Rangoon Lunatic Asylum 1893-1897 - 1893-1897
Year: 1893
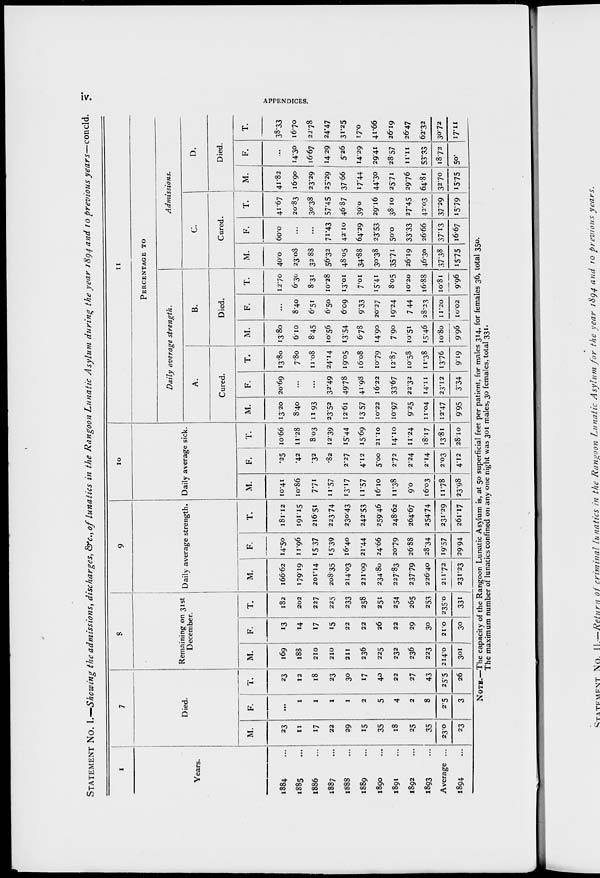
iv.
APPENDICES.
STATEMENT No. I.—Showing the admissions, discharges, &c, of lunatics in the Rangoon Lunatic Asylum during the year 1894 and 10 previous years—concld.
1
Years.
1884 ...
1885 ...
1886 ...
1887 ...
1888 ...
1889 ...
1890 ...
1891 ...
1892 ...
1893 ...
Average ...
1894 ...
7
Died.
M.
23
11
17
22
29
15
35
18
25
35
23.0
23
F.
...
1
1
1
1
2
5
4
2
8
2.5
3
T.
23
12
18
23
30
17
40
22
27
43
25.5
26
8
Remaining on 31st
December.
M.
169
188
210
210
211
236
225
232
236
223
214.0
301
F.
13
14
17
15
22
22
26
22
29
30
21.0
30
T.
182
202
227
225
233
258
251
254
265
253
235.0
331
9
Daily average strength.
M.
166.62
179.19
201.14
208.35
214.03
221.09
234.80
227.83
237.79
226.40
211.72
231.23
F.
14.50
11.96
15.37
15.39
16.40
21.44
24.66
20.79
26.88
28.34
19.57
29.94
T.
181.12
191.15
216.51
223.74
230.43
242.53
259.46
248.62
264.67
254.74
231.29
261.17
10
Daily average sick.
M.
10.41
10.86
7.71
11.57
13.17
11.57
16.10
11.38
9.0
16.03
11.78
23.98
F.
.25
.42
.32
.82
2.27
4.12
5.00
2.72
2.24
2.14
2.03
4.12
T.
10.66
11.28
8.03
12.39
15.44
15.69
21.10
14.10
11.24
18.17
13.81
28.10
11
PERCENTAGE TO
Daily average strength.
A.
Cured.
M.
13.20
8.40
11.93
23.52
12.61
13.57
10.22
10.97
9.25
11.04
12.47
9.95
F.
20.69
...
...
32.49
49.78
41.98
16.22
33.67
22.32
14.11
23.12
3.34
T.
13.80
7.80
11.08
24.14
19.05
16.08
10.79
12.87
10.58
11.38
13.76
9.19
B.
Died.
M.
13.80
6.10
8.45
10.56
13.54
6.78
14.90
7.90
10.51
15.46
10.80
9.96
F.
...
8.40
6.51
6.50
6.09
9.33
20.27
19.24
7.44
28.23
11.20
10.02
T.
12.70
6.30
8.31
10.28
13.01
7.01
15.41
8.05
10.20
16.88
10.81
9.96
Admissions.
C.
Cured.
M.
40.0
23.08
32.88
56.32
48.05
34.88
30.38
35.71
26. 19
46.30
37.38
15.75
F.
60.0
...
...
71.43
42.10
64.29
23.53
50.0
33.33
26.66
37.13
16.67
T.
41.67
20.83
30.38
57.45
46.87
39.0
29.16
38.10
27.45
42.03
37.29
15.79
D.
Died.
M.
41.82
16.90
23.29
25.29
37.66
17.44
44.30
25.71
29.76
64.81
32.70
15.75
F.
...
14.30
16.67
14.29
5.26
14.29
29.41
28.57
11.11
53.33
18.72
50.
T.
38.33
16.70
22.78
24.47
31.25
17.0
41.66
26.19
26.47
62.32
30.72
17.11
NOTE.—The capacity of the Rangoon Lunatic Asylum is, at 50 superficial feet per patient, for males 314, for females 36, total 350.
The maximum number of lunatics confined on any one night was 301 males, 30 females, total 331.